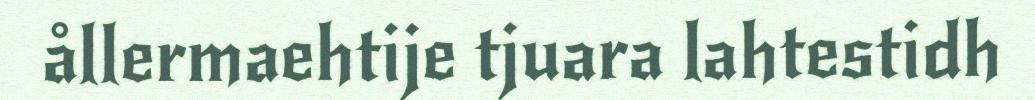
ållermaehtije tjuara lahtestidh